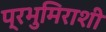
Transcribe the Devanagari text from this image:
प्रभुमिराशी